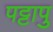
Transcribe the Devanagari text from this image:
पट्टापु